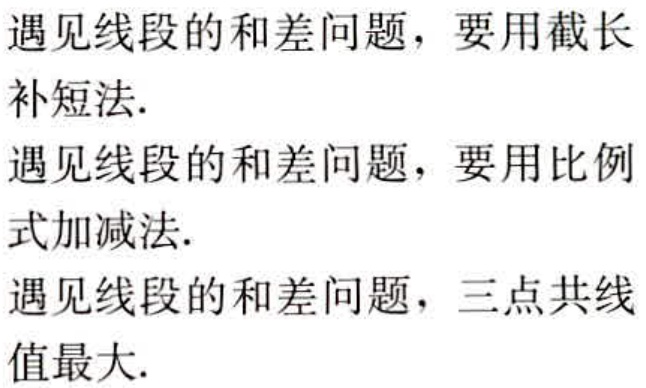
遇见线段的和差问题，要用截长补短法.

遇见线段的和差问题，要用比例式加减法.

遇见线段的和差问题，三点共线值最大.